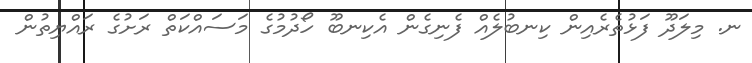
ނ. މިލަދޫ ފަޅުތެރެއިން ކިނބުލެއް ފެނިގެން އެކިނބޫ ހޯދުމުގެ މަސައްކަތް ރަށުގެ ރައްޔިތުން